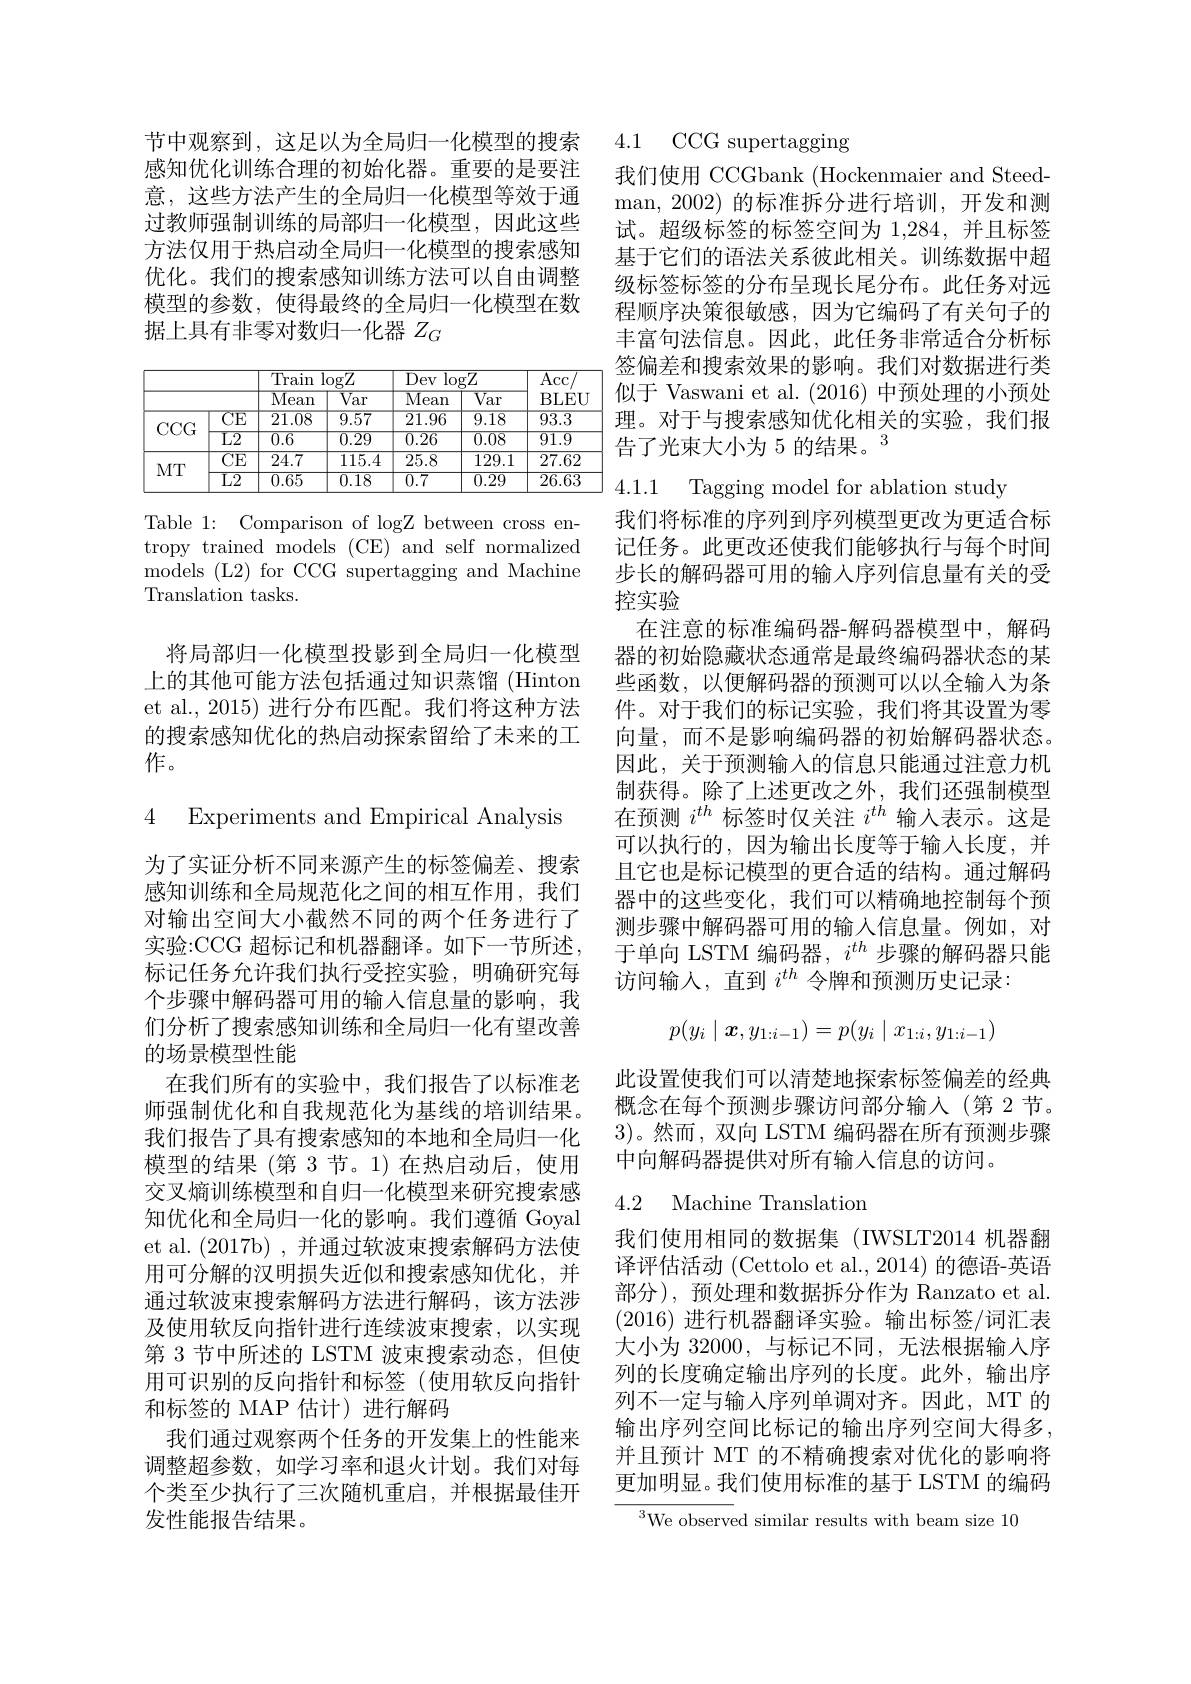
感知优化训练合理的初始化器。重要的是要注 我们使用 CCGbank (Hockenmaier and Steed-
意，这些方法产生的全局归一化模型等效于通过教师强制训练的局部归一化模型，因此这些方法仅用于热启动全局归一化模型的搜索感知优化。我们的搜索感知训练方法可以自由调整模型的参数，使得最终的全局归一化模型在数据上具有非零对数归一化器$Z_G$

<table>
	<tbody>
		<tr>
			<th> </th>
			<th> </th>
			<th>Train 1</th>
			<th>$.0gZ$</th>
			<th>$\overline{\mathrm{Dev}}$ $\log$</th>
			<th>$gZ$</th>
			<th>$\overline{\mathrm{Acc}}$</th>
		</tr>
		<tr>
			<th> </th>
			<th> </th>
			<th>$\overline{\text{Mean}}$</th>
			<th>$\overline{\mathrm{Var}}$</th>
			<th>$\overline{\text{Mean}}$</th>
			<th>$\overline{\mathrm{Var}}$</th>
			<th>BLEU</th>
		</tr>
		<tr>
			<td rowspan="2">$CCG$</td>
			<td>$\overline{\mathrm{CE}}$</td>
			<td>$\overline{21.08}$</td>
			<td>$\overline{9.57}$</td>
			<td>$\overline{21.96}$</td>
			<td>$\overline{9.18}$</td>
			<td>$\overline{93.3}$</td>
		</tr>
		<tr>
			<td>$\overline{\text{L2}}$</td>
			<td>$\overline{0.6}$</td>
			<td>$\overline{0.29}$</td>
			<td>$\overline{0.26}$</td>
			<td>$\overline{0.08}$</td>
			<td>$\overline{91.9}$</td>
		</tr>
		<tr>
			<td rowspan="2">$MT$</td>
			<td>$\overline{\mathrm{CE}}$</td>
			<td>24.7</td>
			<td>115.4</td>
			<td>25.8</td>
			<td>129.1</td>
			<td>27.62</td>
		</tr>
		<tr>
			<td>$\overline{\mathrm{L2}}$</td>
			<td>$\overline{0.65}$</td>
			<td>$\overline{0.18}$</td>
			<td>$\overline{0.7}$</td>
			<td>$\overline{0.29}$</td>
			<td>$\overline{26.63}$</td>
		</tr>
	</tbody>
</table>

Table 1: Comparison of logZ between cross entropy trained models (CE) and self normalized models (L2) for CCG supertagging and Machine Translation tasks.

将局部归一化模型投影到全局归一化模型上的其他可能方法包括通过知识蒸馏 (Hinton et al., 2015) 进行分布匹配。我们将这种方法的搜索感知优化的热启动探索留给了未来的工作。

4 Experiments and Empirical Analysis

为了实证分析不同来源产生的标签偏差、搜索感知训练和全局规范化之间的相互作用，我们对输出空间大小截然不同的两个任务进行了实验：CCG 超标记和机器翻译。如下一节所述， 标记任务允许我们执行受控实验，明确研究每个步骤中解码器可用的输入信息量的影响，我们分析了搜索感知训练和全局归一化有望改善的场景模型性能
在我们所有的实验中，我们报告了以标准老师强制优化和自我规范化为基线的培训结果。我们报告了具有搜索感知的本地和全局归一化模型的结果(第 3 节。1)在热启动后，使用交叉熵训练模型和自归一化模型来研究搜索感知优化和全局归一化的影响。我们遵循 Goyal et al. (2017b),并通过软波束搜索解码方法使用可分解的汉明损失近似和搜索感知优化，并通过软波束搜索解码方法进行解码，该方法涉及使用软反向指针进行连续波束搜索，以实现第 3 节中所述的 LSTM 波束搜索动态，但使用可识别的反向指针和标签(使用软反向指针和标签的 MAP 估计)进行解码
我们通过观察两个任务的开发集上的性能来调整超参数，如学习率和退火计划。我们对每个类至少执行了三次随机重启，并根据最佳开发性能报告结果。

节中观察到，这足以为全局归一化模型的搜索 4.1 CCG supertagging

man,2002)的标准拆分进行培训，开发和测试。超级标签的标签空间为 1,284,并且标签基于它们的语法关系彼此相关。训练数据中超级标签标签的分布呈现长尾分布。此任务对远程顺序决策很敏感，因为它编码了有关句子的丰富句法信息。因此，此任务非常适合分析标签偏差和搜索效果的影响。我们对数据进行类似于 Vaswani et al. (2016)中预处理的小预处理。对于与搜索感知优化相关的实验，我们报告了光束大小为 5 的结果。3

4.1.1 Tagging model for ablation study

我们将标准的序列到序列模型更改为更适合标记任务。此更改还使我们能够执行与每个时间步长的解码器可用的输入序列信息量有关的受控实验
在注意的标准编码器-解码器模型中，解码器的初始隐藏状态通常是最终编码器状态的某些函数，以便解码器的预测可以以全输入为条件。对于我们的标记实验，我们将其设置为零向量，而不是影响编码器的初始解码器状态。因此，关于预测输入的信息只能通过注意力机制获得。除了上述更改之外，我们还强制模型在预测$i^{th}$标签时仅关注$i^{th}$输入表示。这是可以执行的，因为输出长度等于输人长度，并且它也是标记模型的更合适的结构。通过解码器中的这些变化，我们可以精确地控制每个预测步骤中解码器可用的输入信息量。例如，对于单向 LSTM 编码器，$i^{th}$步骤的解码器只能访问输入，直到$i^{th}$令牌和预测历史记录：
$$p(y_i\mid\boldsymbol{x},y_{1:i-1})=p(y_i\mid x_{1:i},y_{1:i-1})$$
此设置使我们可以清楚地探索标签偏差的经典概念在每个预测步骤访问部分输入(第 2 节。3)。然而，双向 LSTM 编码器在所有预测步骤中向解码器提供对所有输入信息的访问。

### 4.2 Machine Translation

我们使用相同的数据集(IWSLT2014 机器翻译评估活动 (Cettolo et al., 2014) 的德语-英语部分),预处理和数据拆分作为 Ranzato et al. (2016)进行机器翻译实验。输出标签/词汇表大小为 32000,与标记不同，无法根据输入序列的长度确定输出序列的长度。此外，输出序列不一定与输入序列单调对齐。因此，MT 的输出序列空间比标记的输出序列空间大得多， 并且预计 MT 的不精确搜索对优化的影响将更加明显。我们使用标准的基于 LSTM 的编码

$^{3}$We observed similar results with beam size 10